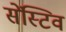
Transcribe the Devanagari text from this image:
सेंस्टिव